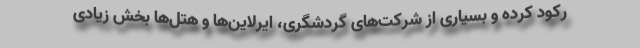
رکود کرده و بسیاری از شرکت‌های گردشگری، ایرلاین‌ها و هتل‌ها بخش زیادی